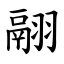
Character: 翮